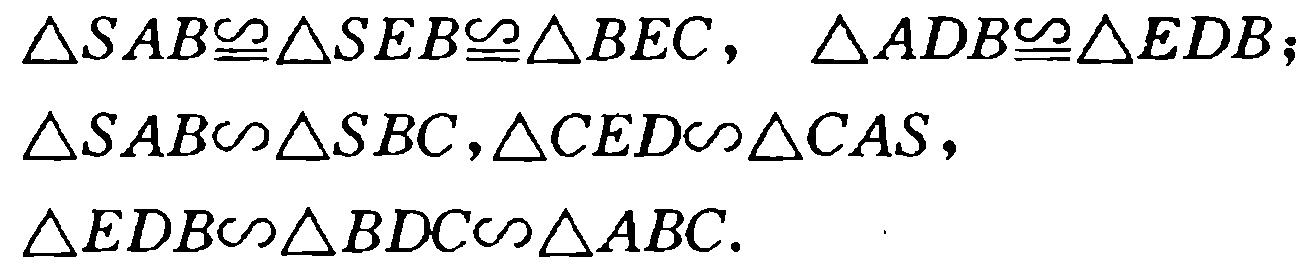
\(\triangle SAB\cong\triangle SEB\cong\triangle BEC,\ \triangle ADB\cong\triangle EDB;\\\triangle SAB\sim\triangle SBC,\triangle CED\sim\triangle CAS,\\\triangle EDB\sim\triangle BDC\sim\triangle ABC.\)